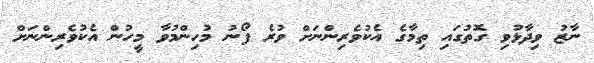
ނާޒު ވިދާޅުވި ގޮތުގައި ތިމާގެ އެކުވެރިންނަށް ވުރެ ފޯނު މުހިންމުވާ މީހުން އެކުވެރިންނަށް